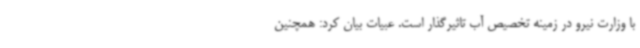
با وزارت نیرو در زمینه تخصیص آب تاثیرگذار است. عبیات بیان کرد: همچنین